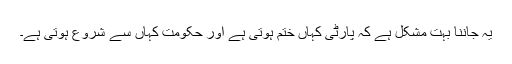
یہ جاننا بہت مشکل ہے کہ پارٹی کہاں ختم ہوتی ہے اور حکومت کہاں سے شروع ہوتی ہے۔